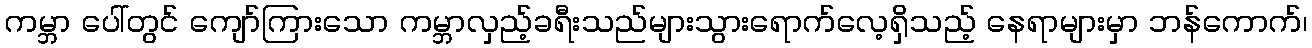
ကမ္ဘာ ပေါ်တွင် ကျော်ကြားသော ကမ္ဘာလှည့်ခရီးသည်များသွားရောက်လေ့ရှိသည့် နေရာများမှာ ဘန်ကောက်၊